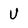
Character: U